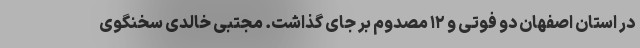
در استان اصفهان دو فوتی و ۱۲ مصدوم بر جای گذاشت. مجتبی خالدی سخنگوی